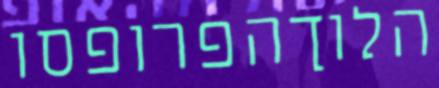
הלוךהפרופסו